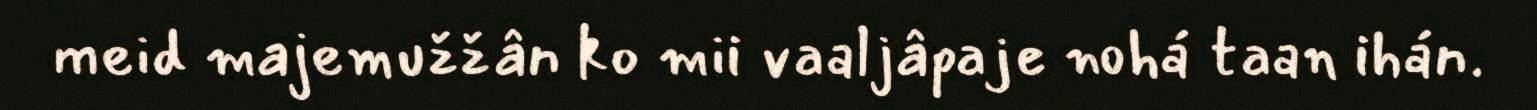
meid majemužžân ko mii vaaljâpaje nohá taan ihán.